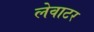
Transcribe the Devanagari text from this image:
लेवाटर